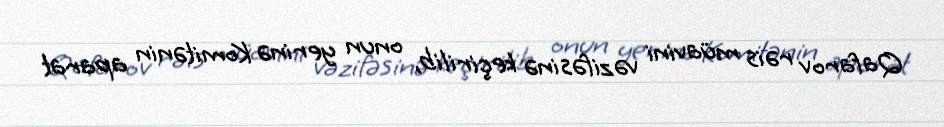
Qafarov rəis müavini vəzifəsinə keçirilib, onun yerinə Komitənin aparat